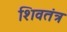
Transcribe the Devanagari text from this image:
शिवतंत्र